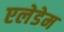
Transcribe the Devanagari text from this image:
एलेडेम